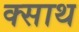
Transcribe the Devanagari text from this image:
क्साथ